system: You are a helpful assistant.
user:
Analyze the provided spectrum to determine if it is a **White Dwarf (WD)**.

A White Dwarf spectrum is defined by its **extreme purity** (due to gravitational settling) and/or **extreme pressure broadening** (due to high surface gravity). You must check for one of the following mutually exclusive signatures:

- **Key Visual Indicators (Check for ONE of these types):**

    - **1. DA-Type Signature (Most Common):**
        - **(Primary Feature):** Extreme pressure broadening (Stark broadening) of the **Hydrogen (H) Balmer lines**.
        - **(Key Lines):** $H\beta$ (approx. $4861$ Å) and $H\gamma$ (approx. $4340$ Å). $H\alpha$ (approx. $6563$ Å) will also be present if the wavelength range covers it.
        - **(Line Profile):** This is the **defining feature**. The lines are **NOT** sharp. They appear as massive, **extremely broad and deep "troughs" or "dips"** in the spectrum, often hundreds of Ångströms wide. The continuum will appear to "scoop" down at these wavelengths.
        - **(Distinction):** Normal A-type or B-type stars have *narrow* and *sharp* Hydrogen lines. A DA White Dwarf's lines are unmistakably "smeared" or "blurry" from pressure.

    - **2. DB-Type Signature:**
        - **(Primary Feature):** Broad absorption lines from **Neutral Helium (He I)**. The spectrum must lack any visible Hydrogen lines.
        - **(Key Lines):** Look for broad absorption near $4471$ Å, $4921$ Å, and $5876$ Å.
        - **(Line Profile):** These lines are also significantly pressure-broadened, appearing much wider than they would in a normal B-type main-sequence star.

    - **3. DC-Type Signature:**
        - **(Primary Feature):** A **featureless continuous spectrum**.
        - **(Line Profile):** The spectrum is a smooth curve with **no significant absorption or emission lines**.
        - **(Key Confirmation):** The continuum is almost always **blue or white**, indicating a hot object. This signature implies the atmosphere is so pure (or so cool) that no spectral lines are visible in the optical range. Its WD identity is confirmed by its extremely low intrinsic brightness (high absolute magnitude).

    - **4. DZ-Type Signature (Metal-Polluted):**
        - **(Primary Feature):** **Isolated, narrow metal absorption lines** on an otherwise featureless (DC-like) continuum.
        - **(Key Lines):** The **Calcium (Ca II) H & K doublet** (approx. **$3934$ Å** and **$3968$ Å**) is the most common and defining feature.
        - **(Line Profile):** These lines are "out of place." They are *not* part of a "forest" of thousands of lines. This signature is evidence of recent *accretion* (pollution) from rocky debris.
        - **(Distinction):** Normal G/K/M stars have a *dense forest* of thousands of metal lines. A DZ has a *clean* continuum with *only a few* strong metal lines.

    - **5. DQ-Type Signature (Carbon-Polluted):**
        - **(Primary Feature):** Absorption bands from **Carbon (C₂ "Swan Bands" or atomic C I)**.
        - **(Key Lines - C₂):** Look for bandheads with a "saw-tooth" shape near $5635$ Å, **$5165$ Å** (strongest), and $4737$ Å.
        - **(Key Confirmation):** The underlying **continuum must be blue or white** (hot).
        - **(Distinction):** This is the critical difference from a **Carbon Star**, which has the *exact same* C₂ bands but on an extremely **red, cool** continuum.

- **(Overall Spectrum):**
    - The continuum (overall shape) is typically **blue-sloping** (brighter in the blue than the red), as most white dwarfs are very hot.
    - The spectrum will look "pure" or "simple," dominated by only *one* of the five signatures listed above.

Think first, call **spectral_visualization_tool** if needed to examine features in detail, then provide your final answer. Your response must adhere to the following strict rules:
1.  **Overall Structure:** Your response must follow the format `<think>...</think> <tool_call>...</tool_call> (if a tool is used) <answer>...</answer>`.
2.  **Tool Usage Constraint:** You may only make **one** tool call per turn.
3.  **Final Answer Format:** In the `<answer>` tag, your conclusion must be inside a `\boxed{}` command (e.g., `\boxed{YES}` or `\boxed{NO}`), followed by your justification.

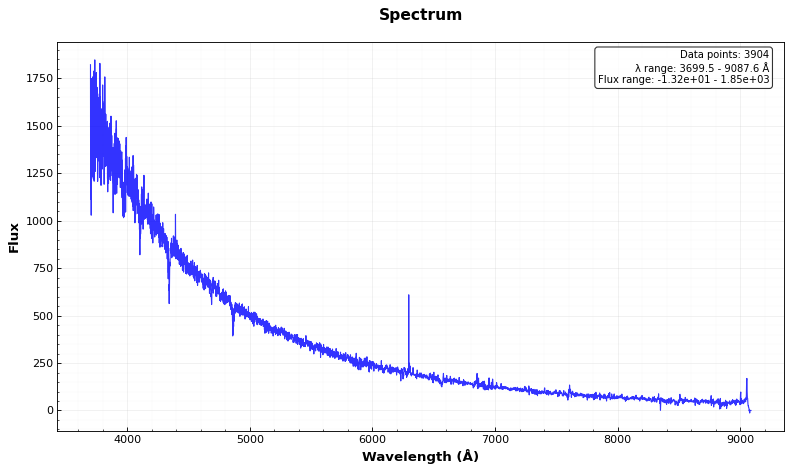
Answer: YES